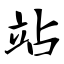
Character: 站